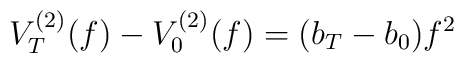
V^{(2)}_T(f) - V^{(2)}_0 (f) =  (b_T - b_0) f^2